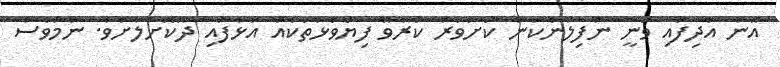
އޭނާ އެދިފައި ވަނީ ނުފިލާނެކަން ކަށަވަރު ކުރެވޭ ފިޔަވަޅުތަކެއް އަޅާފައި ދޫކޮށްލާށެވެ. ނަމަވެސް